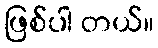
ဖြစ်ပါ တယ်။